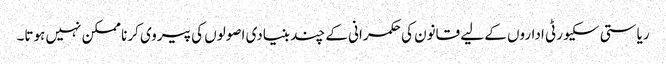
ریاستی سکیورٹی اداروں کے لیے قانون کی حکمرانی کے چند بنیادی اصولوں کی پیروی کرنا ممکن نہیں ہوتا۔